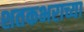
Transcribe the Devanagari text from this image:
शतकभराच्या